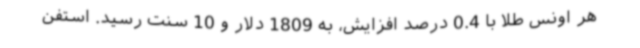
هر اونس طلا با 0.4 درصد افزایش، به 1809 دلار و 10 سنت رسید. استفن